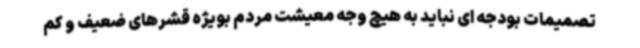
تصمیمات بودجه ای نباید به هیچ وجه معیشت مردم بویژه قشرهای ضعیف و کم